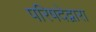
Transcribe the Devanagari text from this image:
परिषदेद्वारा